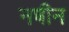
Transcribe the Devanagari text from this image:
नषीन